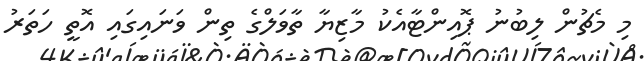
މި މެޗުން ލިބުނު ޕޮއިންޓާއެކު މާޒިޔާ ތާވަލްގެ ތިން ވަނައިގައި އޮތީ ހަތަރު